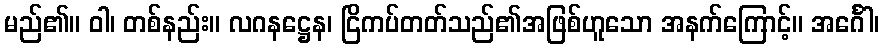
မည်၏။ ဝါ၊ တစ်နည်း။ လဂနဋ္ဌေန၊ ငြိကပ်တတ်သည်၏အဖြစ်ဟူသော အနက်ကြောင့်။ အင်္ဂေါ၊